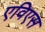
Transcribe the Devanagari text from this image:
एविएस